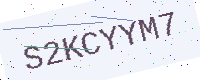
Text: S2KCYYM7